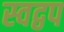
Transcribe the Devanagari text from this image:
स्वद्वप